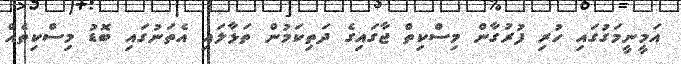
އަމީނީމަގުގައި ހުރި ފުރުގާން މިސްކިތް ޖާގައިގެ ދަތިކަމުން ތަޅާލައި އެތަނުގައި ބޮޑު މިސްކިތެއް